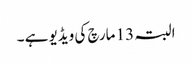
البتہ 13 مارچ کی ویڈیو ہے ۔